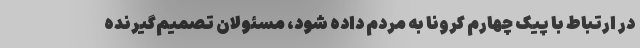
در ارتباط با پیک چهارم کرونا به مردم داده شود، مسئولان تصمیم‌گیرنده‌